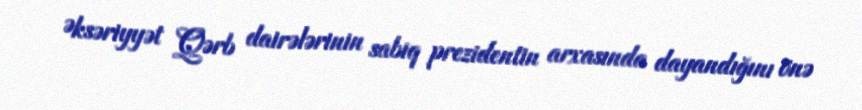
Əksəriyyət Qərb dairələrinin sabiq prezidentin arxasında dayandığını önə